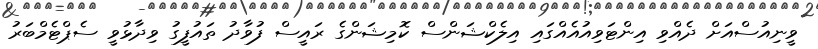
ވީނިއުސްއަށް ދެއްވި އިންޓަވިއުއެއްގައި އިލެކްޝަންސް ކޮމިޝަންގެ ރައީސް ފުވާދު ތައުފީގު ވިދާޅުވީ ސެޕްޓެމްބަރު